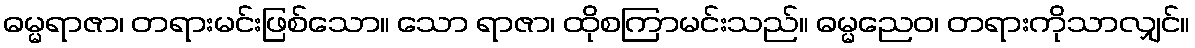
ဓမ္မရာဇာ၊ တရားမင်းဖြစ်သော။ သော ရာဇာ၊ ထိုစကြာမင်းသည်။ ဓမ္မညေဝ၊ တရားကိုသာလျှင်။